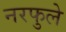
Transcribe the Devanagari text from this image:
नरफुले